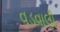
વડવાલી